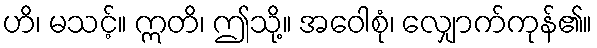
ဟိ၊ မသင့်။ ဣတိ၊ ဤသို့။ အဝေါစုံ၊ လျှောက်ကုန်၏။